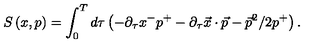
S \left( x , p \right) = \int _ { 0 } ^ { T } d \tau \left( - \partial _ { \tau } x ^ { - } p ^ { + } - \partial _ { \tau } \vec { x } \cdot \vec { p } - \vec { p } ^ { 2 } / 2 p ^ { + } \right) .